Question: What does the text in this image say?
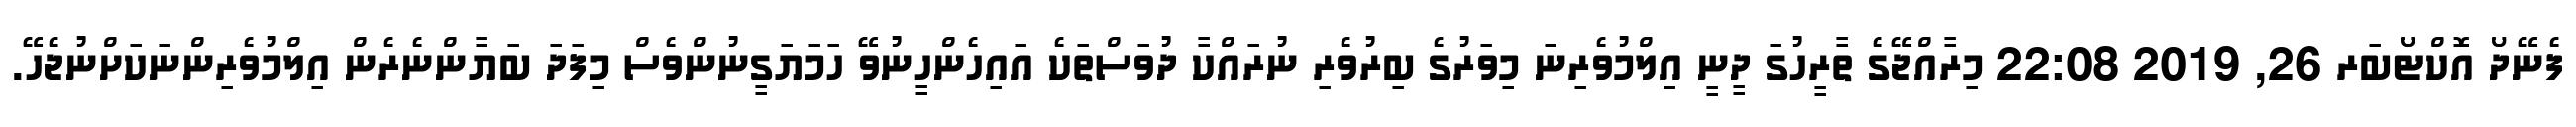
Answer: ފެނޭދޯ އޮކްޓޯބަރ 26, 2019 22:08 މިރާއްޖޭގެ ތާރީހުގަ ދީނީ އިލްމުވެރިނަ މިވަރުގެ ބިރުވެރި ނުރައްކާ ދުވަސްތަކެ އައިހެންހީނުވޭ ހަމަޔަގީނުންވެސް މިފަދަ ބަޔާންނެރެން އިލްމުވެރިންނަކަށްނުޖެހޭ.